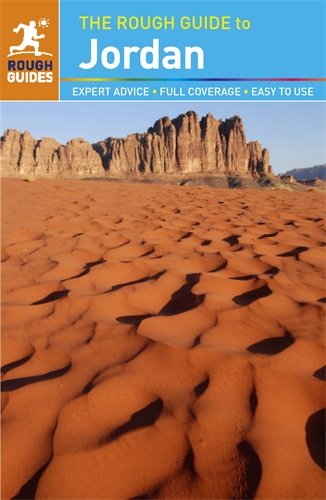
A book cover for The Rough Guide to Jordan; Matthew Teller; Travel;